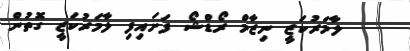
ލާމަރުކަޒީ ނިޒާމް ރޯޑްޝޯ ފަށައިފި ލާމަރުކަޒީ ގޮތުން